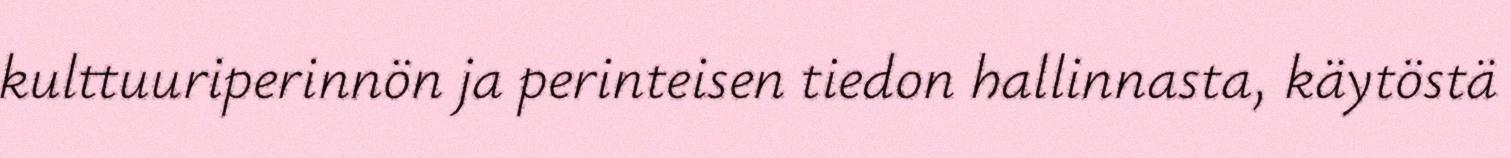
kulttuuriperinnön ja perinteisen tiedon hallinnasta, käytöstä